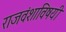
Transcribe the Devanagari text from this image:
राजवंशाविषयी